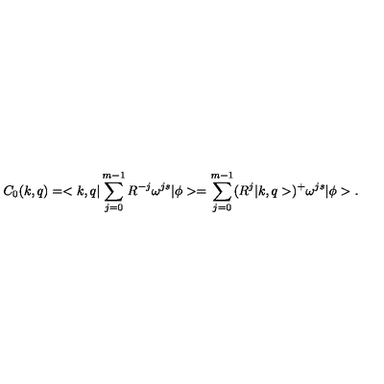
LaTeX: C _ { 0 } ( k , q ) = < k , q | \sum _ { j = 0 } ^ { m - 1 } R ^ { - j } \omega ^ { j s } | \phi > = \sum _ { j = 0 } ^ { m - 1 } ( R ^ { j } | k , q > ) ^ { + } \omega ^ { j s } | \phi > .